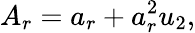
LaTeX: A_{r}=a_{r}+a_{r}^{2}u_{2},